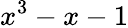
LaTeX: x^{3}-x-1